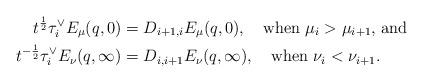
LaTeX: \begin{align*}t^{\frac12} \tau^\vee_i E_\mu(q,0) &= D_{i+1,i}E_\mu(q,0),\quad\hbox{when $\mu_i>\mu_{i+1}$, and}\\t^{-\frac12} \tau^\vee_i E_\nu(q,\infty) &= D_{i,i+1}E_\nu(q,\infty),\quad\hbox{when $\nu_i<\nu_{i+1}$.}\end{align*}